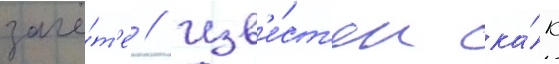
зачё́т'е // Изв'е́ст'ен ка́к